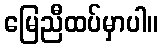
မြေညီထပ်မှာပါ။